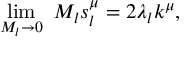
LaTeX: \operatorname * { l i m } _ { M _ { l } \to 0 } ~ M _ { l } s _ { l } ^ { \mu } = 2 \lambda _ { l } k ^ { \mu } ,